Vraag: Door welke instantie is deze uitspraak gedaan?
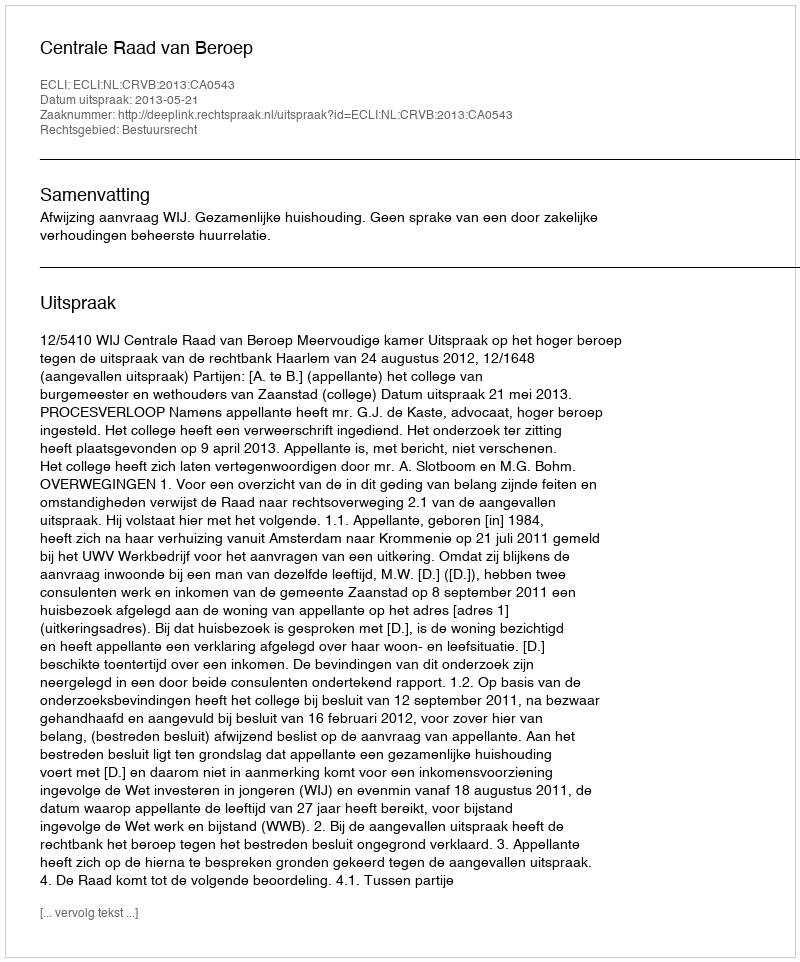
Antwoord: Centrale Raad van Beroep